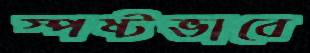
স্পষ্টভাবে